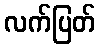
လက်ပြတ်